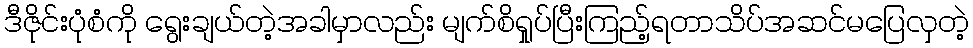
ဒီဇိုင်းပုံစံကို ရွေးချယ်တဲ့အခါမှာလည်း မျက်စိရှုပ်ပြီးကြည့်ရတာသိပ်အဆင်မပြေလှတဲ့